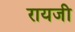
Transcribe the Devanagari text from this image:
रायजी